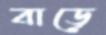
বাড়ে